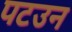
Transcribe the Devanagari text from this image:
पटउन